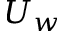
U _ { w }